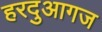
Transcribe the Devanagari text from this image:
हरदुआगज